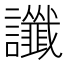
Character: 讖